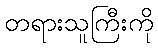
တရားသူကြီးကို